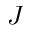
J